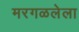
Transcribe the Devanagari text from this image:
मरगळलेला